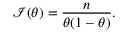
{ \mathcal { I } } ( \theta ) = { \frac { n } { \theta ( 1 - \theta ) } } .